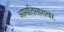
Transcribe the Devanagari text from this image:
आमातिसारावर